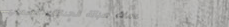
خدمات صيانة الحدائق: تصمي